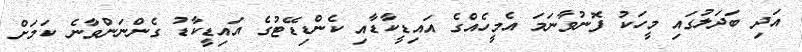
އަދި ބަދަލުގައި މީހަކު ފޮނުވާނަމަ އެމީހެއްގެ އައިޑީކާޑާއި ކެންޑިޑޭޓުގެ އައިޑީކާޑު ގެންނަންވާނެ ކަމަށް